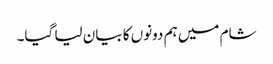
شام میں ہم دونوں کا بیان لیا گیا۔